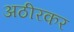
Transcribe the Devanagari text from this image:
अठीरकर